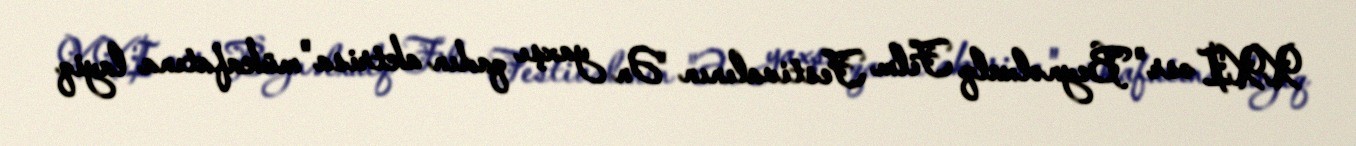
XXI əsr" Beynəlxalq Film Festivalının "Ən yaxşı qadın aktrisa" mükafatına layiq